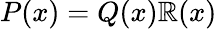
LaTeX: P(x)=Q(x)\mathbb{R}(x)